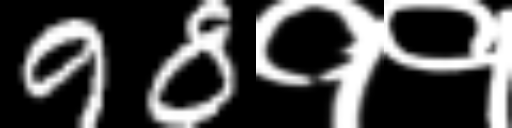
Text: 98११